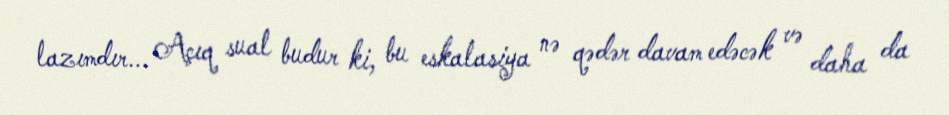
lazımdır... Açıq sual budur ki, bu eskalasiya nə qədər davam edəcək və daha da